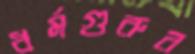
ধর্মগুরুর